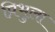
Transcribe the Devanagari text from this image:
प्रिभुला